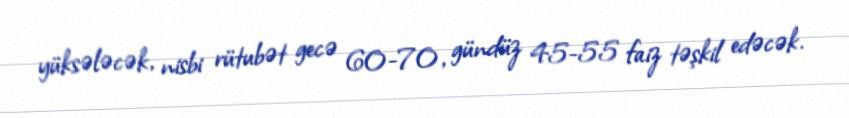
yüksələcək, nisbi rütubət gecə 60-70, gündüz 45-55 faiz təşkil edəcək.